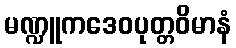
မဏ္ဍူကဒေဝပုတ္တဝိမာနံ